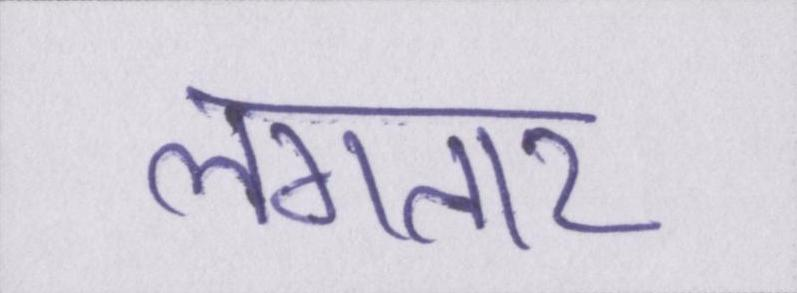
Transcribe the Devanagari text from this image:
लगतार